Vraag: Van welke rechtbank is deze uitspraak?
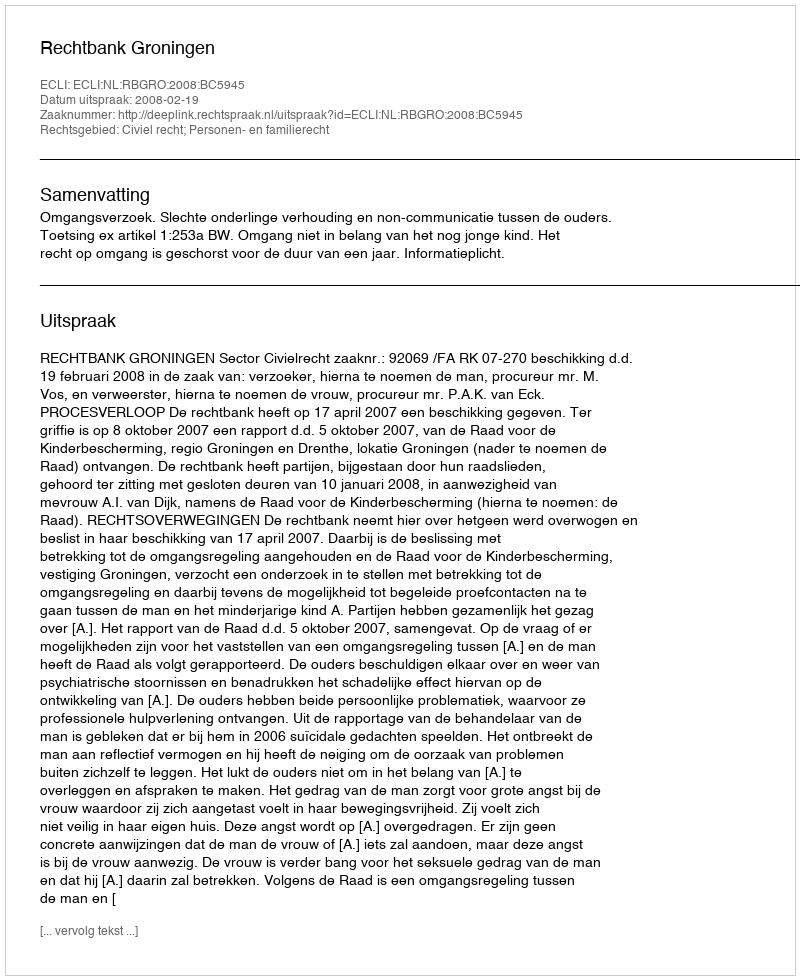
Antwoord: Rechtbank Groningen